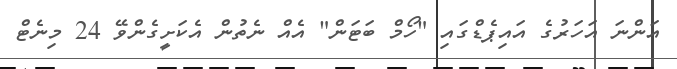
އަންނަ އަހަރުގެ އައިޕެޑްގައި "ހޯމް ބަޓަން" އެއް ނެތުން އެކަށީގެންވޭ 24 މިނެޓް